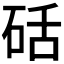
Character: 𮵍